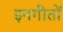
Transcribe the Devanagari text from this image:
इनगीतों